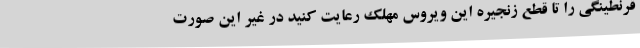
قرنطینگی را تا قطع زنجیره این ویروس مهلک رعایت کنید در غیر این صورت